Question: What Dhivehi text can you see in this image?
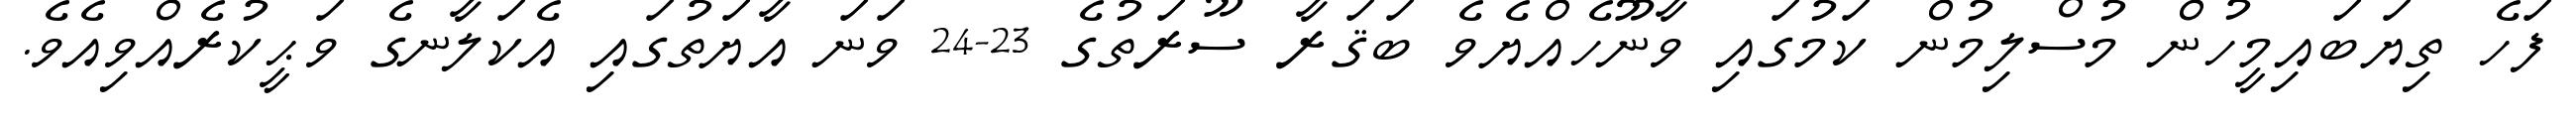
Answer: ފަހެ ތިޔަބައިމީހުން މުސްލިމުން ކަމުގައި ވާނޫހެއްޔެވެ ބަޤަރާ ސޫރަތުގެ 23-24 ވަނަ އާޔަތުގައި އެކަލާނގެ ވަޙީކުރެއްވިއެވެ.